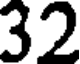
32